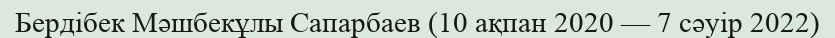
Бердібек Мәшбекұлы Сапарбаев (10 ақпан 2020 — 7 сәуір 2022)